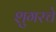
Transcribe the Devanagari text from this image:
शुगरचे